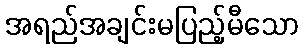
အရည်အချင်းမပြည့်မီသော